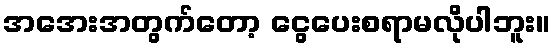
အအေးအတွက်တော့ ငွေပေးစရာမလိုပါဘူး။